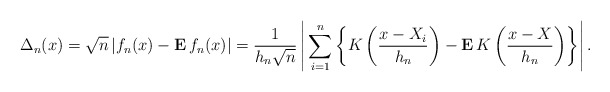
\begin{align*}\Delta _{n}(x)=\sqrt{n}\left| f_{n}(x)-{\bf E\,}f_{n}(x)\right| =\frac{1}{h_{n}\sqrt{n}}\left| \,\sum_{i=1}^{n}\left\{ K\left( \frac{x-X_{i}}{h_{n}}\right) -{\bf E}\,K\left( \frac{x-X}{h_{n}}\right) \right\} \right| {\bf .}\end{align*}